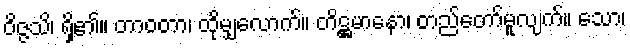
ဝိဇ္ဇသိ၊ ရှိ၏။ တာဝတာ၊ ထိုမျှလောက်။ တိဋ္ဌမာနော၊ တည်တော်မူလျက်။ သော၊